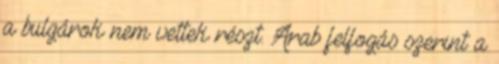
a bulgárok nem vettek részt. Arab felfogás szerint a